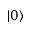
| 0 \rangle